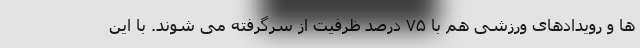
ها و رویدادهای ورزشی هم با ۷۵ درصد ظرفیت از سرگرفته می شوند. با این